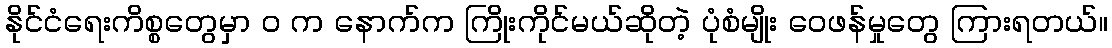
နိုင်ငံရေးကိစ္စတွေမှာ ဝ က နောက်က ကြိုးကိုင်မယ်ဆိုတဲ့ ပုံစံမျိုး ဝေဖန်မှုတွေ ကြားရတယ်။